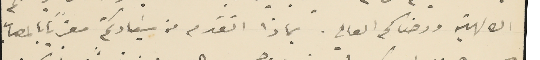
الالهية ورضاكم العالي. بماذا اتقدم من سَيادتكم معزيًا بالمصاب